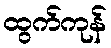
ထွက်ကုန်